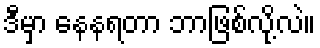
ဒီမှာ နေနရတာ ဘာဖြစ်လို့လဲ။